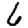
Digit: 6